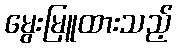
မွေးမြူထားသည့်